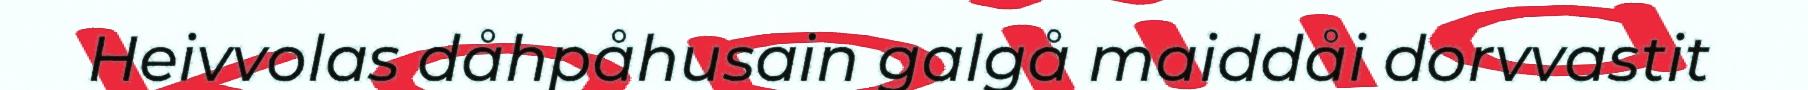
Heivvolas dåhpåhusain galgå maiddåi dorvvastit